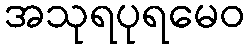
အသုရပုရမေဝ